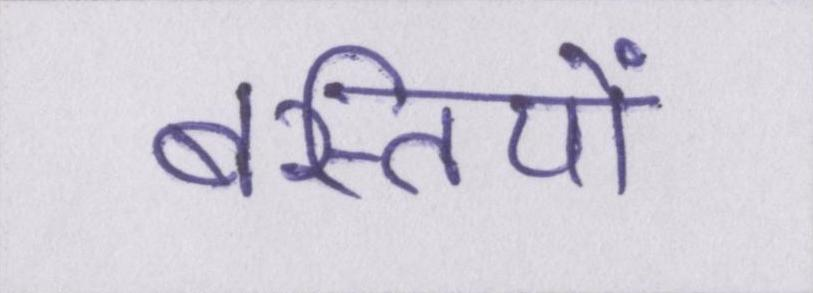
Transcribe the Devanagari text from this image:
बस्तियों